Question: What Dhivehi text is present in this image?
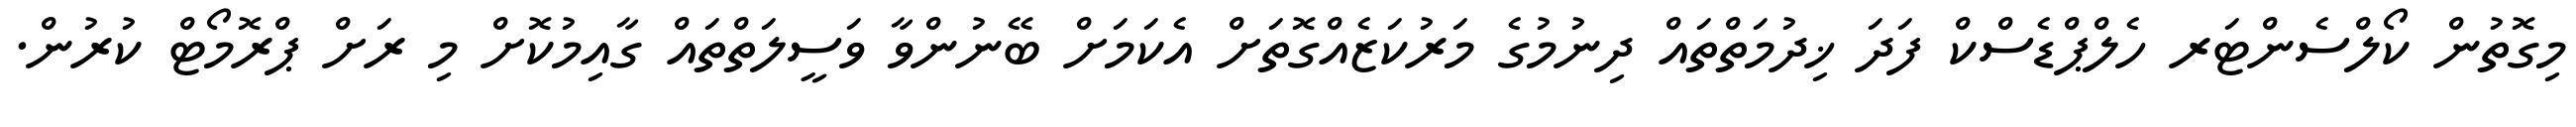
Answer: މިގޮތުން ކޯލްސެންޓަރ ހެލްޕްޑެސްކް ފަދަ ޚިދުމަތްތައް ދިނުމުގެ މަރުކަޒެއްގޮތަށް އެކަމަށް ބޭނުންވާ ވަސީލަތްތައް ގާއިމުކޮށް މި ރަށް ޕްރޮމޯޓް ކުރުން.